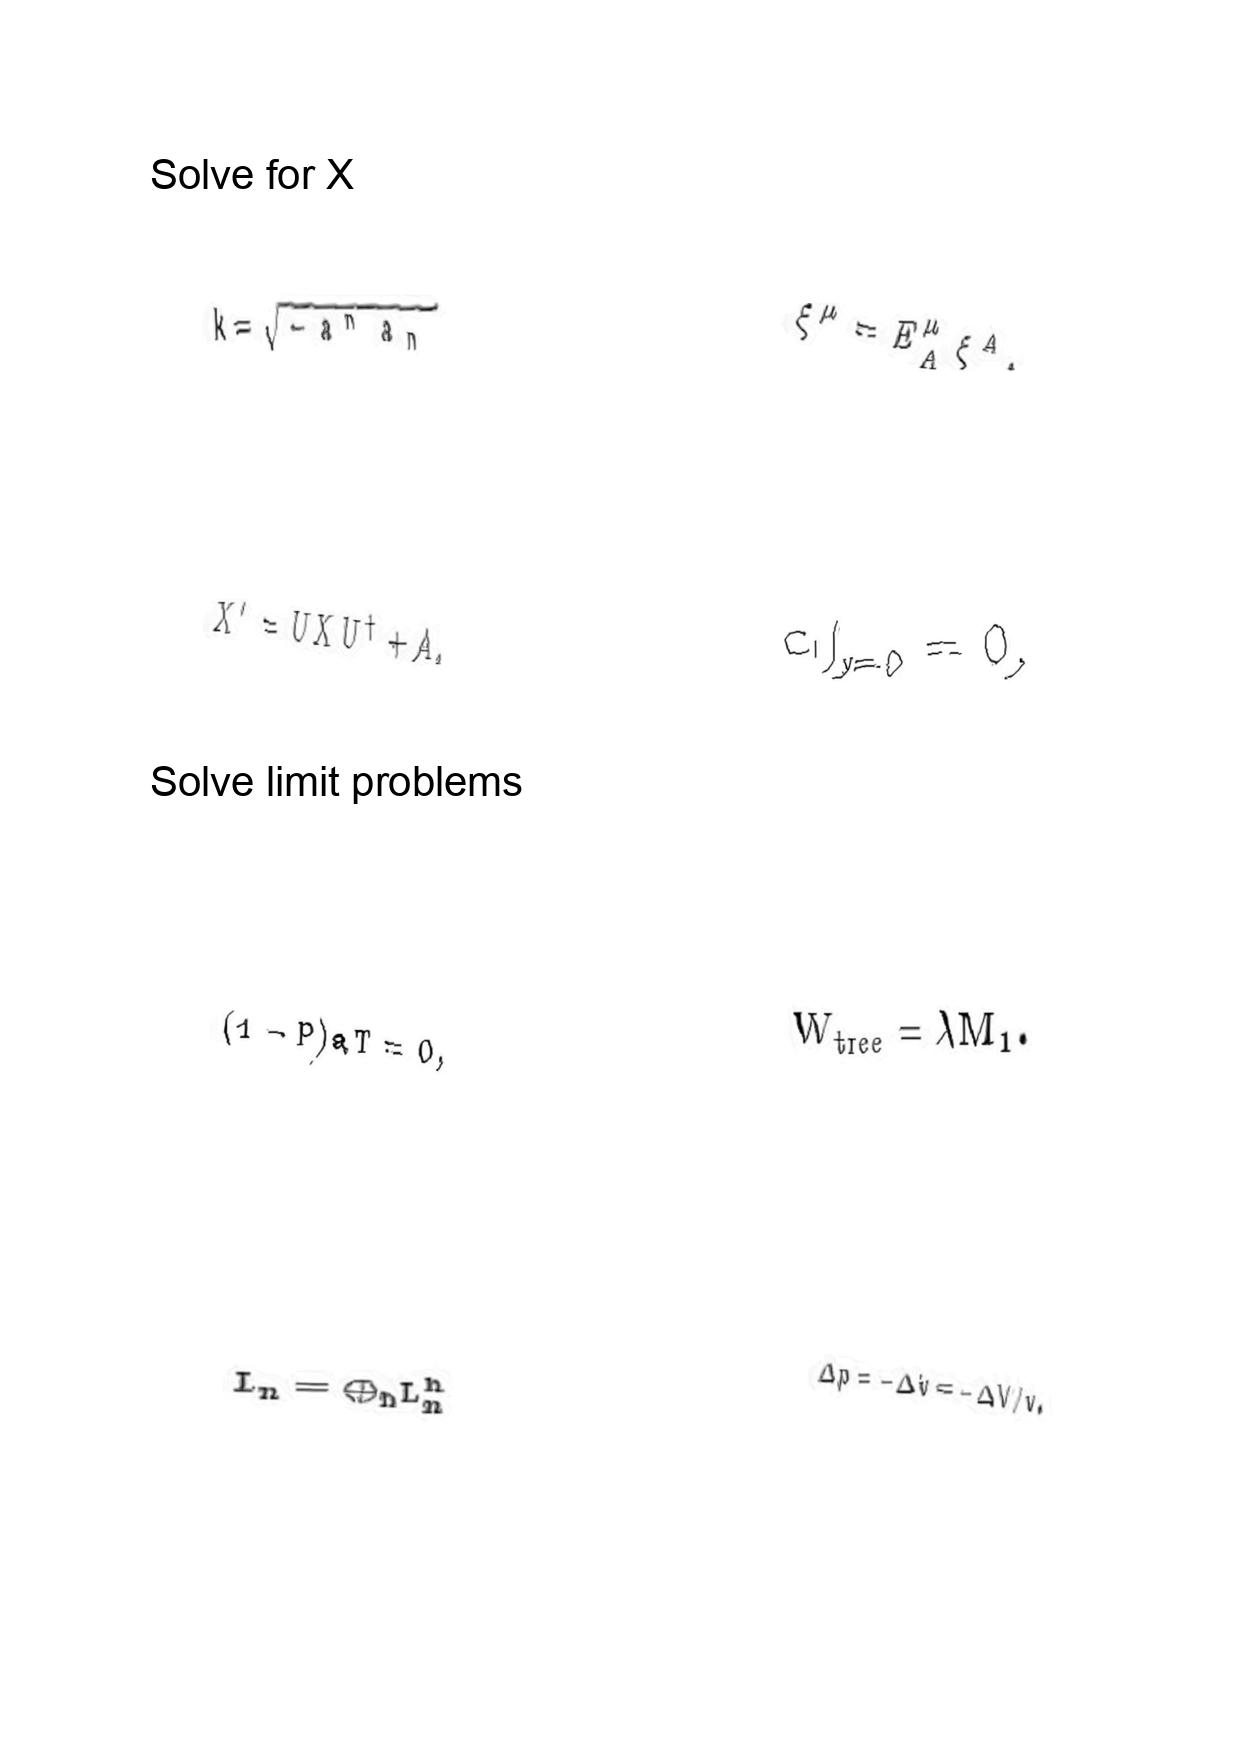
LaTeX transcription:
k = \sqrt { - a ^ { n } a _ { n } }
X ^ { \prime } = U X U ^ { \dagger } + A ,
\lparen 1 - P \rparen a T = 0 ,
L _ { n } = \oplus _ { h } L _ { n } ^ { h }
\xi ^ { \mu } = E _ { A } ^ { \mu } \xi ^ { A } ,
 c _ { l } \vert _ { y = 0 } = 0 ,
W _ { \mathrm { t r e e } } = \lambda M _ { 1 } .
\Delta p = - \Delta \dot { v } = - \Delta V / v .